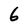
Character: 6